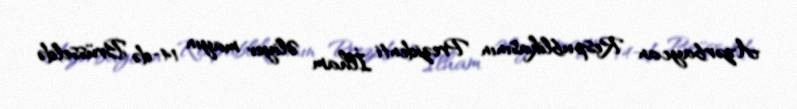
Azərbaycan Respublikasının Prezidenti İlham Əliyev mayın 14-də Brüsseldə